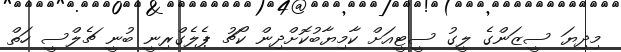
މިދިޔަ ސީޒަންގެ ލީގު ސީޓީއަށް ކާމިޔާބުކޮށްދިން ކޯޗު ޕެލެގްރިނީ ބުނީ ޗެލްސީ ހަތް